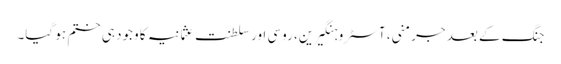
جنگ کے بعد جرمنی، آسٹرو ہنگیرین، روسی اور سلطنت عثمانیہ کا وجود ہی ختم ہو گیا۔